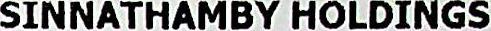
SINNATHAMBY HOLDINGS